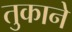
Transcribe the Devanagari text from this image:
तुकाने